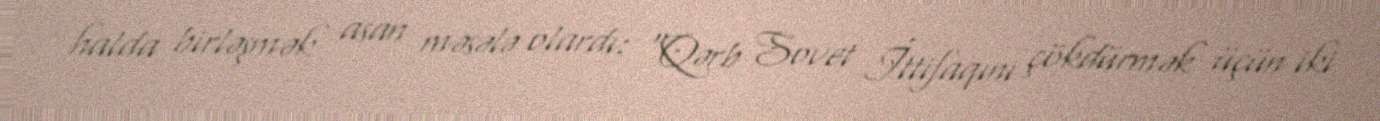
halda birləşmək asan məsələ olardı: “Qərb Sovet İttifaqını çökdürmək üçün iki